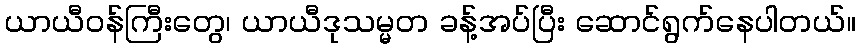
ယာယီဝန်ကြီးတွေ၊ ယာယီဒုသမ္မတ ခန့်အပ်ပြီး ဆောင်ရွက်နေပါတယ်။